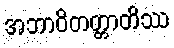
အဘာဝိတတ္တာတိဿ